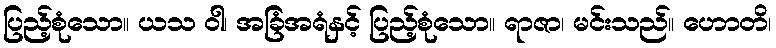
ပြည့်စုံသော။ ယသ ဝါ၊ အခြံအရံနှင့် ပြည့်စုံသော။ ရာဇာ၊ မင်းသည်။ ဟောတိ၊